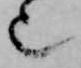
也